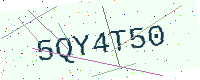
Text: 5QY4T50